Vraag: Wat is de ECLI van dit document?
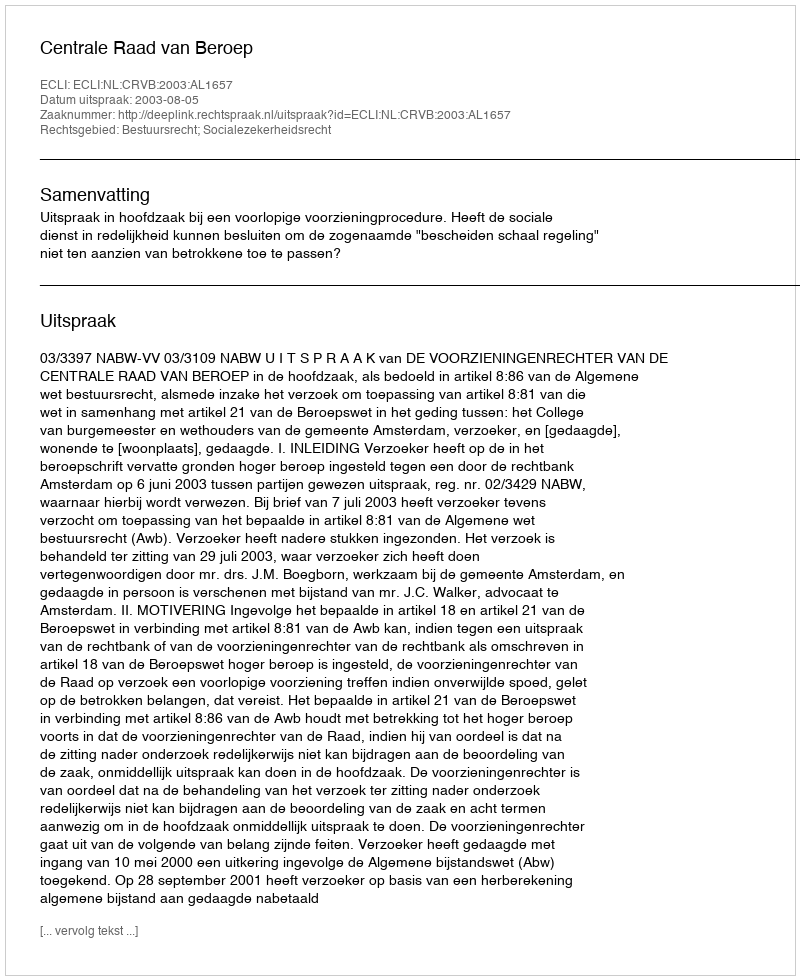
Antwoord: ECLI:NL:CRVB:2003:AL1657